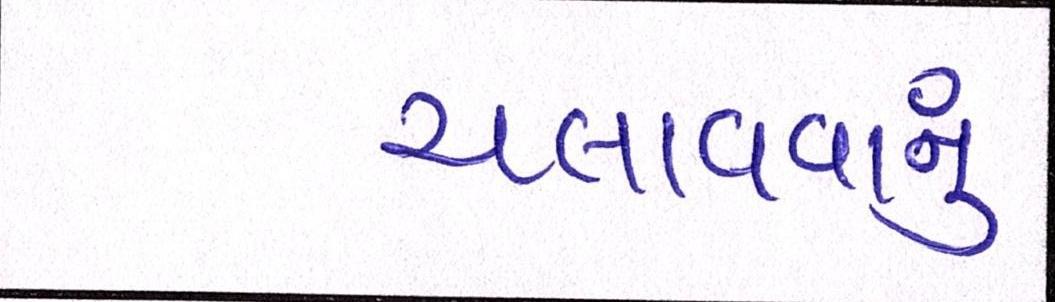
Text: ચલાવવાનુ